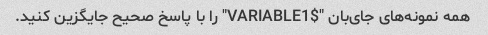
همه نمونه‌های جای‌بان "$VARIABLE1" را با پاسخ صحیح جایگزین کنید.